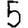
Digit: 5